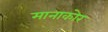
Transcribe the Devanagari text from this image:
मानाकोर